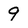
Character: 9